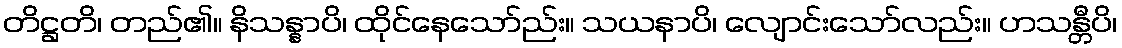
တိဋ္ဌတိ၊ တည်၏။ နိသန္နာပိ၊ ထိုင်နေသော်ည်း။ သယနာပိ၊ လျောင်းသော်လည်း။ ဟသန္တီပိ၊